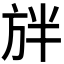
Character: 𭤲